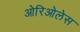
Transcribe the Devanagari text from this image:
ओरिओलेस